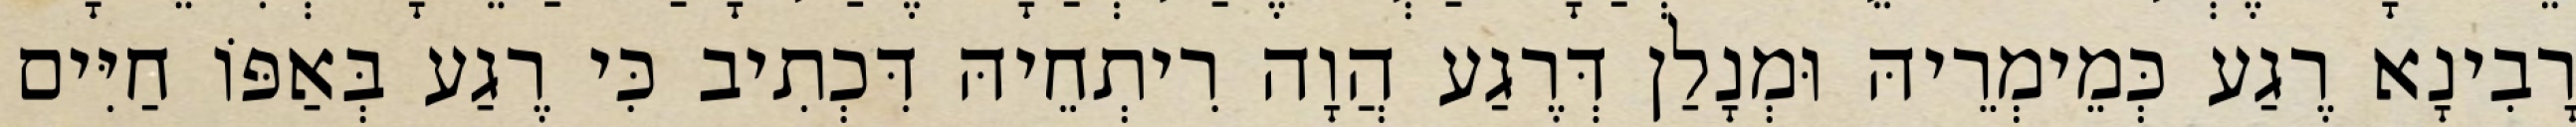
רָבִינָא רֶגַע כְּמֵימְרֵיהּ וּמְנָלַן דְּרֶגַע הֲוָה רִיתְחֵיהּ דִּכְתִיב כִּי רֶגַע בְּאַפּוֹ חַיִּים